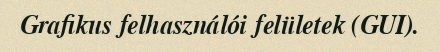
Grafikus felhasználói felületek (GUI).